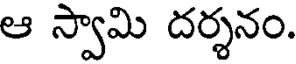
ఆ స్వామి దర్శనం.